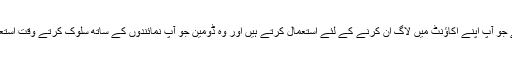
یہ وہ ڈومین ہے جو آپ اپنے اکاؤنٹ میں لاگ ان کرنے کے لئے استعمال کرتے ہیں اور وہ ڈومین جو آپ نمائندوں کے ساتھ سلوک کرتے وقت استعمال کرتے ہیں۔